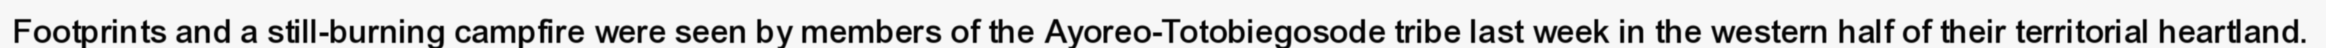
Footprints and a still-burning campfire were seen by members of the Ayoreo-Totobiegosode tribe last week in the western half of their territorial heartland.